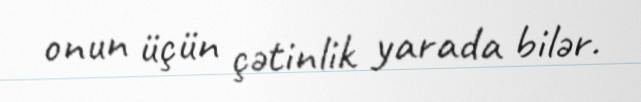
onun üçün çətinlik yarada bilər.